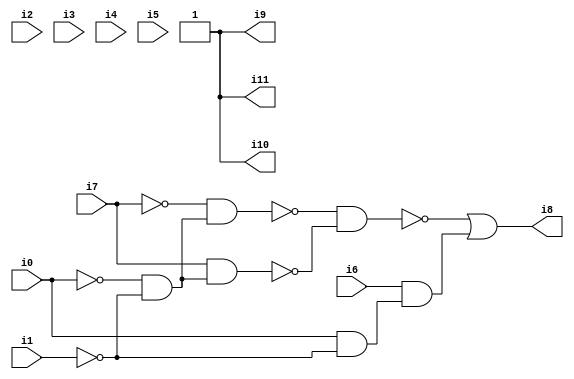
// Benchmark "SKOLEMFORMULA" written by ABC on Mon May  4 05:26:24 2020

module SKOLEMFORMULA ( 
    i0, i1, i2, i3, i4, i5, i6, i7,
    i8, i9, i10, i11  );
  input  i0, i1, i2, i3, i4, i5, i6, i7;
  output i8, i9, i10, i11;
  wire n14, n15, n16, n17, n18, n19;
  assign n14 = ~i0 & ~i1;
  assign n15 = ~i7 & n14;
  assign n16 = i7 & n14;
  assign n17 = ~n15 & ~n16;
  assign n18 = i0 & ~i1;
  assign n19 = i6 & n18;
  assign i8 = ~n17 | n19;
  assign i9 = 1'b1;
  assign i10 = 1'b1;
  assign i11 = 1'b1;
endmodule